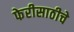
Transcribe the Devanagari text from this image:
फेरीसाठीचे